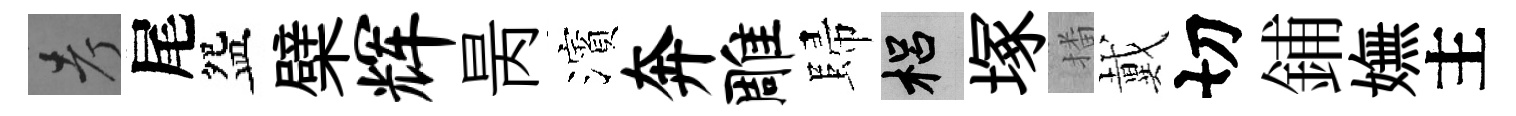
考尾盌檗辉昺濱奔雕歸梠塚播戴切鋪嫵主